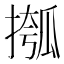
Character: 摦